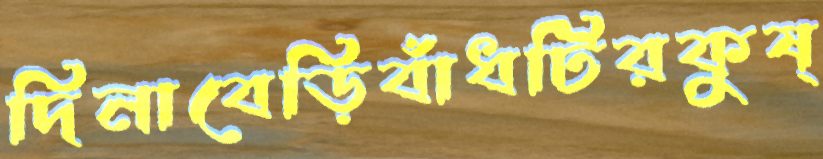
দিনাবেড়িবাঁধটিরকুষ্